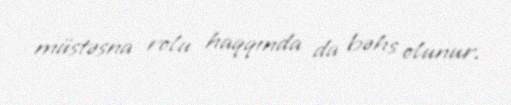
müstəsna rolu haqqında da bəhs olunur.